Etiology and epidemiology of plague
Disease focus: Plague
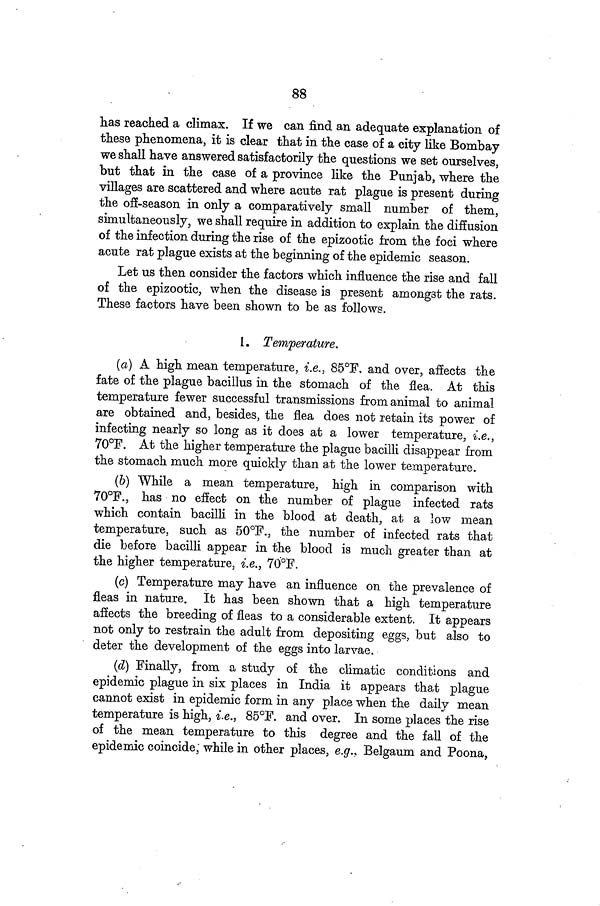
88
has reached a climax. If we can find an adequate explanation of
these phenomena, it is clear that in the case of a city like Bombay
we shall have answered satisfactorily the questions we set ourselves,
but that in the case of a province like the Punjab, where the
villages are scattered and where acute rat plague is present during
the off-season in only a comparatively small number of them,
simultaneously, we shall require in addition to explain the diffusion
of the infection during the rise of the epizootic from the foci where
acute rat plague exists at the beginning of the epidemic season.
Let us then consider the factors which influence the rise and fall
of the epizootic, when the disease is present amongst the rats.
These factors have been shown to be as follows.
1. Temperature.
(a) A high mean temperature, i.e., 85°F, and over, affects the
fate of the plague bacillus in the stomach of the flea. At this
temperature fewer successful transmissions from animal to animal
are obtained and, besides, the flea does not retain its power of
infecting nearly so long as it does at a lower temperature, i.e.,
70°F. At the higher temperature the plague bacilli disappear from
the stomach much more quickly than at the lower temperature.
(b) While a mean temperature, high in comparison with
70°F., has no effect on the number of plague infected rats
which contain bacilli in the blood at death, at a low mean
temperature, such as 50°F., the number of infected rats that
die before bacilli appear in the blood is much greater than at
the higher temperature, i.e., 70°F.
(c) Temperature may have an influence on the prevalence of
fleas in nature. It has been shown that a high temperature
affects the breeding of fleas to a considerable extent. It appears
not only to restrain the adult from depositing eggs, but also to
deter the development of the eggs into larvae.
(d) Finally, from a study of the climatic conditions and
epidemic plague in six places in India it appears that plague
cannot exist in epidemic form in any place when the daily mean
temperature is high, i.e., 85°F. and over. In some places the rise
of the mean temperature to this degree and the fall of the
epidemic coincide; while in other places, e.g., Belgaum and Poona,